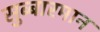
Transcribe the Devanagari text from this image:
सुब्बारमान